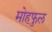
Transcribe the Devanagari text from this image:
मोहफुल